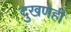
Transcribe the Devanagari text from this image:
दुखणेही